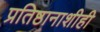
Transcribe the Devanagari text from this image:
प्रतिष्ठानाशीही